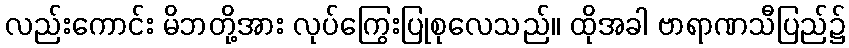
လည်းကောင်း မိဘတို့အား လုပ်ကြွေးပြုစုလေသည်။ ထိုအခါ ဗာရာဏသီပြည်၌